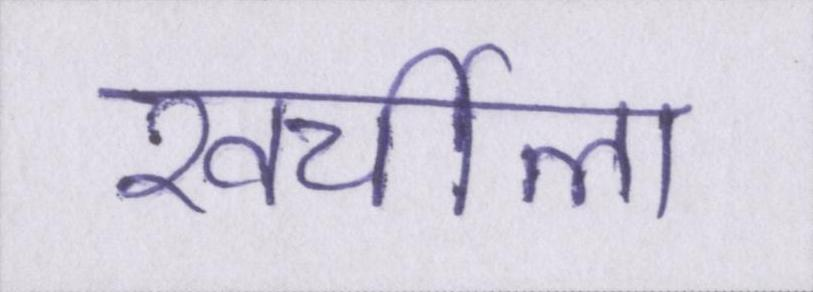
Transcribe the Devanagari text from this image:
खर्चीला